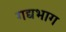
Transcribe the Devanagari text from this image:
गद्यभाग